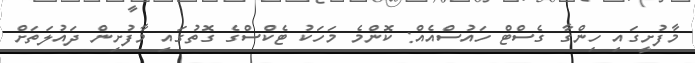
މާފުށީގައި ހިންގާ ގެސްޓް ހައުސްއެއް: ކޮންމެ މަހަކު ޓެކްސްގެ ގޮތުގައި މާފުށިން ދައުލަތަށް